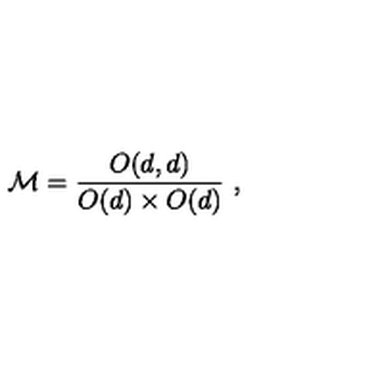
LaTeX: { \cal M } = { \frac { O ( d , d ) } { O ( d ) \times O ( d ) } } \ ,